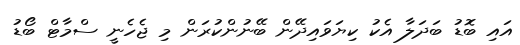
އައި ބޮޑު ބަދަލާ އެކު ކިޔަވައިދޭން ބޭނުންކުރަން މި ޖެހެނީ ސްމާޓް ބޯޑު